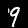
Digit: 9